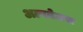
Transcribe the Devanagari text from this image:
अल्पतेजस